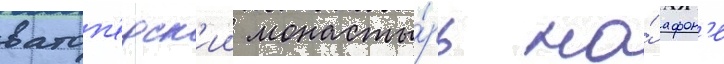
ватоп'едск'ии монасты́рь на́ афон'е